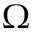
\Omega